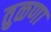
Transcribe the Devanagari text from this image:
तुळणा